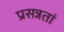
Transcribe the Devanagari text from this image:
प्रसन्नतां